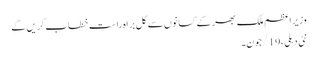
وزیراعظم ملک بھر کے کسانوں سے کل براہ راست خطاب کریں گے
نئی دہلی،19/جون۔